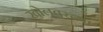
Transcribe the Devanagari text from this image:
खोलवरच्या